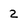
Character: 2